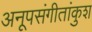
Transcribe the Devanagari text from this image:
अनूपसंगीतांकुश